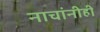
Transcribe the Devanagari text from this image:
नाचांनीही